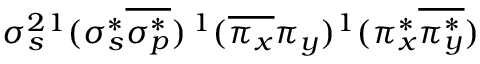
\sigma _ { s } ^ { 2 } { } ^ { 1 } ( \sigma _ { s } ^ { * } \overline { { \sigma _ { p } ^ { * } } } ) \, ^ { 1 } ( \overline { { \pi _ { x } } } \pi _ { y } ) ^ { 1 } ( \pi _ { x } ^ { * } \overline { { \pi _ { y } ^ { * } } } )